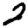
Digit: 2